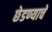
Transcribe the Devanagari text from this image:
छेडण्याचे